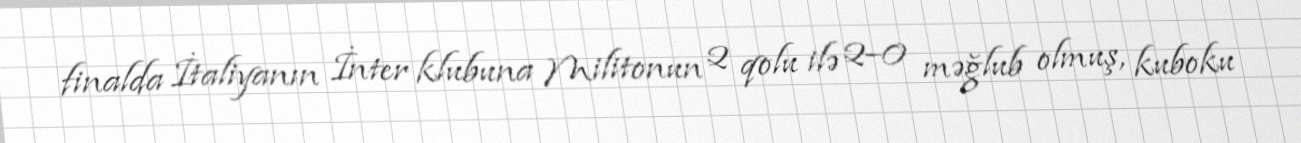
finalda İtaliyanın İnter klubuna Militonun 2 qolu ilə 2–0 məğlub olmuş, kuboku